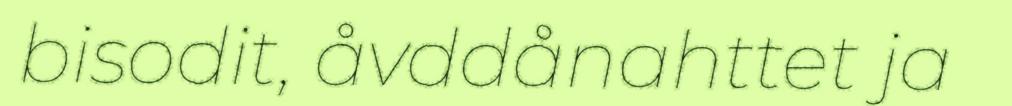
bisodit, åvddånahttet ja